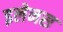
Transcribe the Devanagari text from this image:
इलेनस